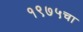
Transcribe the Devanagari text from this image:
१९७५चा